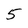
Character: 5